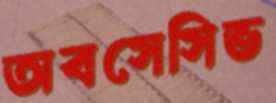
অবসেসিভ